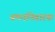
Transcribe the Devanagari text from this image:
वमननिवारक